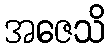
အဇေသိ